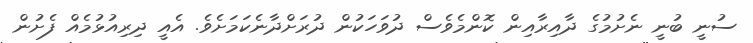
ސުނީ ބުނީ ނެށުމުގެ ދާއިރާއިން ކޮންމެވެސް ދުވަހަކުން ދުރަށްދާނެކަމަށެވެ. އެއީ ދިރިއުޅުމެއް ފެށުން